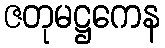
ဇတုမဋ္ဌကေန